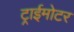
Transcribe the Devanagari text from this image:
ट्राईमोटर